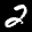
Label: 2